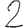
Digit: 2